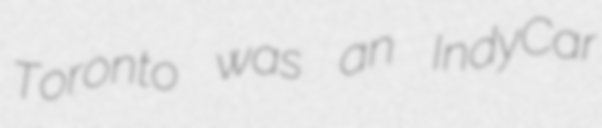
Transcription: Toronto was an IndyCar